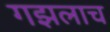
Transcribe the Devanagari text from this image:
गझलाच